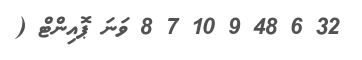
32 6 48 9 10 7 8 ވަނަ ޕޮއިންޓް (